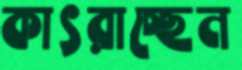
কাৎরাচ্ছেন